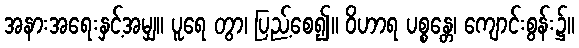
အနားအရေးနှင့်အမျှ။ ပူရေ တွာ၊ ပြည့်စေ၍။ ဝိဟာရ ပစ္စန္တေ၊ ကျောင်းစွန်း၌။